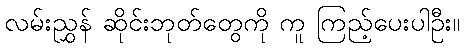
လမ်းညွှန် ဆိုင်းဘုတ်တွေကို ကူ ကြည့်ပေးပါဦး။